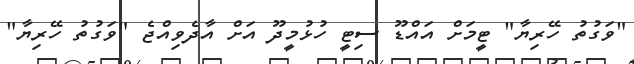
"ވަގުތު ހޭރިޔާ" ޓީމަށް އައްޑޫ ސިޓީ ހުުޅުމީދޫ އަށް އާދެވިއްޖެ "ވަގުތު ހޭރިޔާ"